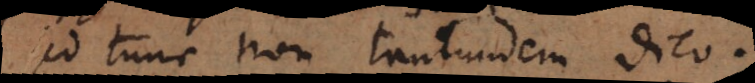
sed tunc non tantundem dico.